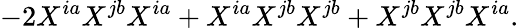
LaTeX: -2X^{ia}X^{jb}X^{ia}+X^{ia}X^{jb}X^{jb}+X^{jb}X^{jb}X^{ia}.